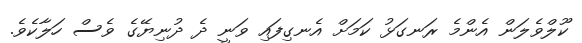
ކޫލްވެލަން އެންމެ ރަނގަޅު ކަމަށް އެނގިފައި ވަނީ ދެ ދުނިޔޭގެ ވެސް ހަލާކެވެ.